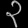
Digit: ၃